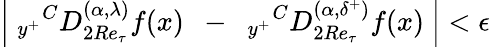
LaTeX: \left|~_{y^{+}}{}^{C}D_{2Re_{\tau}}^{(\alpha,{\lambda})}f(x)~~-~~{}_{y^{+}}{}^{C}D_{2Re_{\tau}}^{(\alpha,{\delta^{+}})}f(x)~\right|<\epsilon